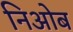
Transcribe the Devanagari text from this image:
निओब